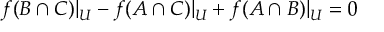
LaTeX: f ( B \cap C ) | _ { U } - f ( A \cap C ) | _ { U } + f ( A \cap B ) | _ { U } = 0